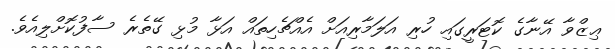
ޢިޒްވާ އޭނާގެ ކޮޓަރީގައި ހުރި އަލަމާރިއަށް އެއްޗެހިތައް އަޅާ މުޅި ގޭތެރެ ސާފުކޮށްލިއެވެ.